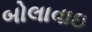
બોલાવાઇ